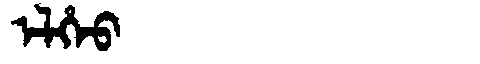
Manchu: ᡝᠯᡥᡝᠣ
Romanization: ELHEO